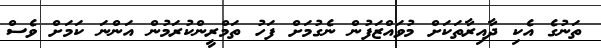
ތަނުގެ އެކި ދާއިރާތަކަށް މުވައްޒަފުން ނެގުމަށް ފަހު ތަމްރީންކުރަމުން އަންނަ ކަމަށް ވެސް